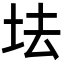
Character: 𡊛